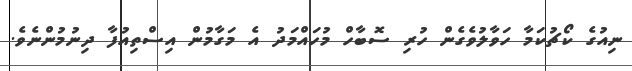
ނިއުގެ ކޯޗުކަމާ ހަވާލުވެގެން ހުރި ސޮބާހް މުހައްމަދު އެ މަގާމުން އިސްތިއުފާ ދިނުމުންނެވެ.